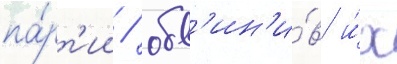
па́рт'ии / обв'ин'и́в и́х